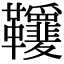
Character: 𩎋